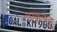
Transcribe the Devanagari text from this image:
लावूलावू